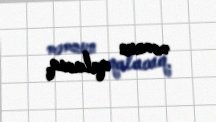
məmnun qalacaq.